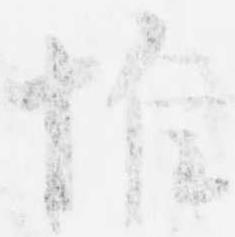
惟